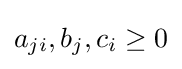
a_{ji},b_{j},c_{i}\geq 0